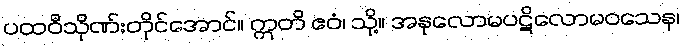
ပထဝီသိုဏ်းတိုင်အောင်။ ဣတိ ဧဝံ၊ သို့။ အနုလောမပဋိလောမဝသေန၊